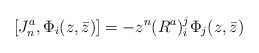
\begin{align*}[J^a_n,\Phi_i(z,\bar{z})]=-z^n (R^a)_i^j\Phi_j(z,\bar{z})\end{align*}